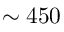
\sim 4 5 0